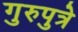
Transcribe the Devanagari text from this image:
गुरुपुत्रे